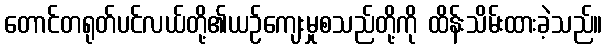
တောင်တရုတ်ပင်လယ်တို့၏ယဉ်ကျေးမှုစသည်တို့ကို ထိန်းသိမ်းထားခဲ့သည်။